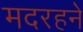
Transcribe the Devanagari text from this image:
मदरहने